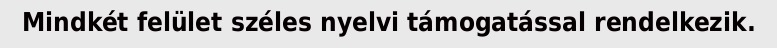
Mindkét felület széles nyelvi támogatással rendelkezik.